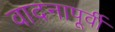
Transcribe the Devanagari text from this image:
वादनापूर्वी